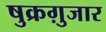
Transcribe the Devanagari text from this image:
षुक्रग़ुजार